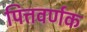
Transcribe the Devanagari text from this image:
पित्तवर्णक